Document type: Inventory
Year: 1295
Scribe: Pere Marc
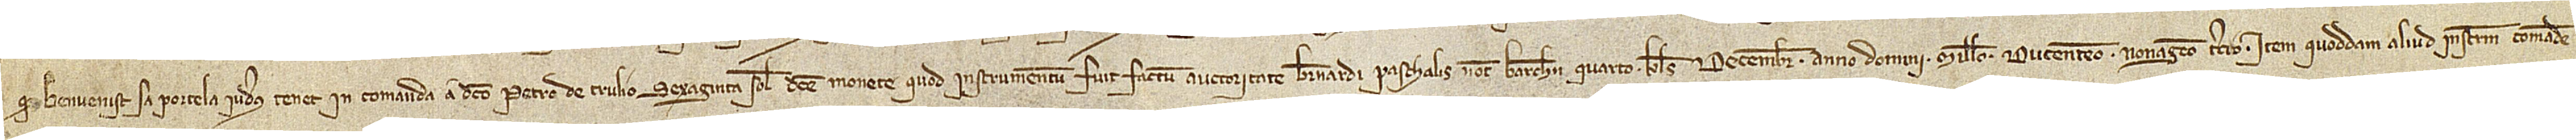
quod Benvenist sa Portela, iudeus, tenet in comanda a dicto Petro de Trulio sexaginta solidos dicte monete, quod instrumentum fuit factum auctoritate Bernardi Paschalis, notarii Barchinone, quarto kalendas decembris, anno Domini millesimo ducentesimo nonagesimo tercio; item, quoddam aliud instrumentum comande